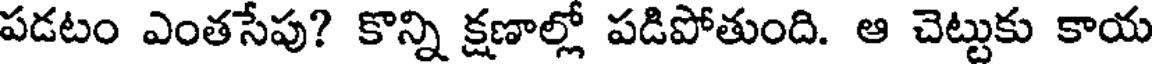
పడటం ఎంతసేపు? కొన్ని క్షణాల్లో పడిపోతుంది. ఆ చెట్టుకు కాయ